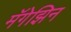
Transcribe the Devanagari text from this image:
मॅगेझिन